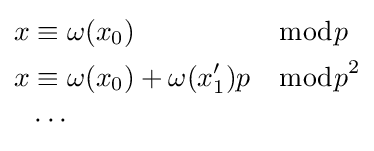
{\begin{aligned}x&\equiv \omega (x_{0})&&{\bmod {p}}\\x&\equiv \omega (x_{0})+\omega (x'_{1})p&&{\bmod {p}}^{2}\\&\cdots \end{aligned}}